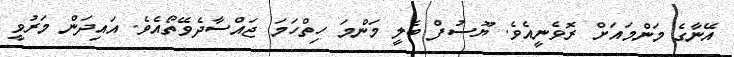
އޭނާގެ މަންމައަށް ރޮވެނީއެވެ. ޔޫސުފް ބެލީ މަންމަ ހިތްހަމަ ޖައްސާދެވޭތޯއެވެ. އަައިދަން މަރުވީ